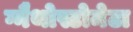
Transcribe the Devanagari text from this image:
ग्नैथोस्टोमेटा